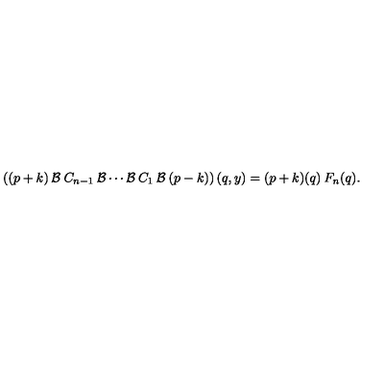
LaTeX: \left( ( p + k ) \: { \cal { B } } \: C _ { n - 1 } \: { \cal { B } } \cdots { \cal { B } } \: C _ { 1 } \: { \cal { B } } \: ( p - k ) \right) ( q , y ) = ( p + k ) ( q ) \: F _ { n } ( q ) .